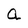
Character: a